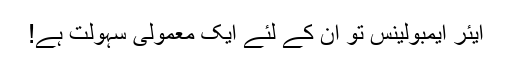
ایئر ایمبولینس تو ان کے لئے ایک معمولی سہولت ہے!